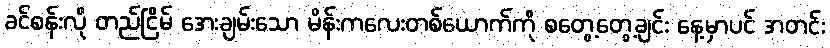
ခင်စန်းလို တည်ငြိမ် အေးချမ်းသော မိန်းကလေးတစ်ယောက်ကို စတွေ့တွေ့ချင်း နေ့မှာပင် အတင်း